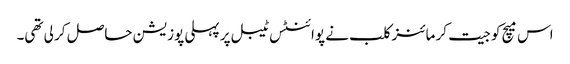
اس میچ کو جیت کر مائنز کلب نے پوائنٹس ٹیبل پر پہلی پوزیشن حاصل کر لی تھی۔